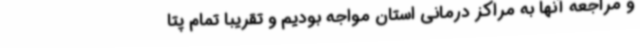
و مراجعه آنها به مراکز درمانی استان مواجه بودیم و تقریبا تمام پتا